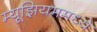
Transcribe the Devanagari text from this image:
म्यूझियममध्ये